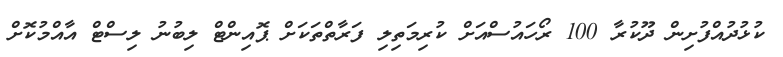
ކުޅުދުއްފުށިން ދޫކުރާ 100 ރޯހައުސްއަށް ކުރިމަތިލި ފަރާތްތަކަށް ޕޮއިންޓް ލިބުނު ލިސްޓް އާއްމުކޮށް